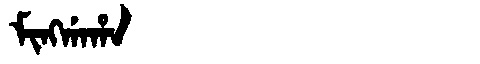
Manchu: ᠮᡳᠩᡤᠠᡥᠠ
Romanization: MINGGAHA